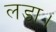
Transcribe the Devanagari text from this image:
लडा।